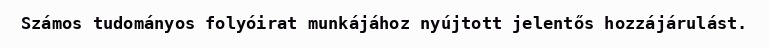
Számos tudományos folyóirat munkájához nyújtott jelentős hozzájárulást.